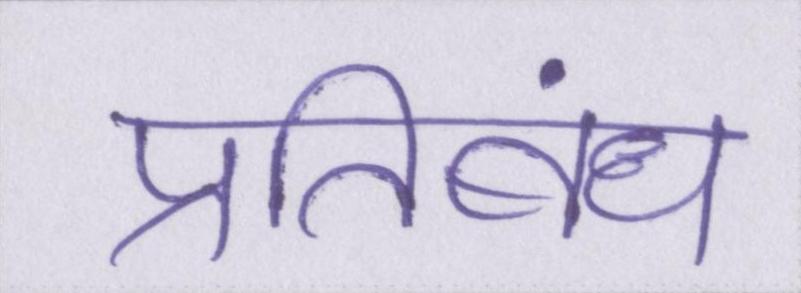
प्रतिबंध